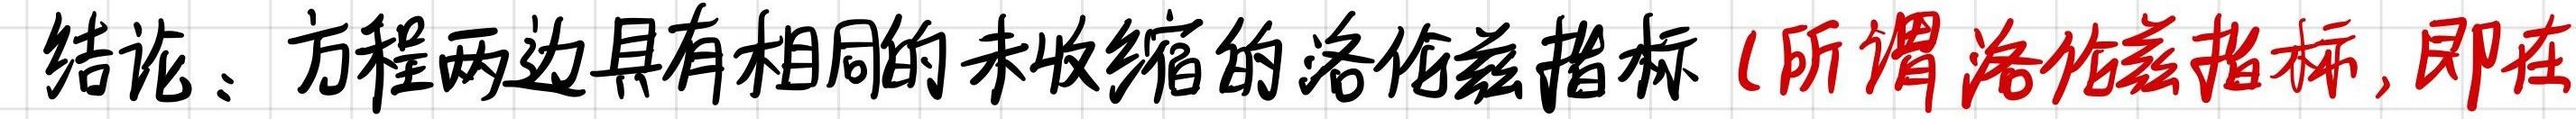
结论：方程两边具有相同的未收缩的洛伦兹指标（所谓洛伦兹指标，即在